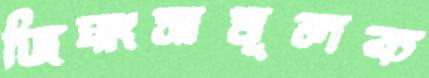
জিঘাংসামূলক